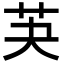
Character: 芵